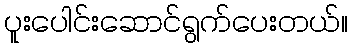
ပူူးပေါင်းဆောင်ရွက်ပေးတယ်။